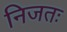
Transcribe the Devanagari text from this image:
निजतः